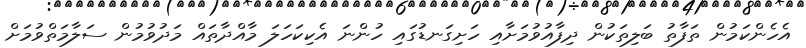
އެހެންކަމުން ތަފާތު ބަލިތަކުން ދިފާއުވުމަށާއި ހަށިގަނޑުގައި ހުންނަ އެކިކަހަލަ މާއްދާތައް މަދުވުމުން ސަލާމަތްވުމަށް